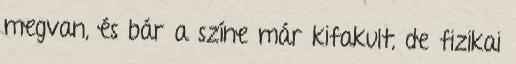
megvan, és bár a színe már kifakult, de fizikai